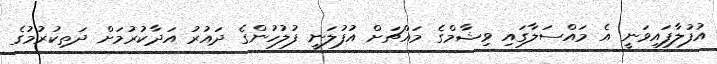
އުފުލާފައިވަނީ އެ މައްސަލާގައި ވިޝާމްގެ މައްޗަށް އުފުލަނީ ފުލުހުންގެ ދައުރު އަދާކުރުމަށް ދަތިކުރުމުގެ